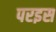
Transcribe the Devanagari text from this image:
परइस